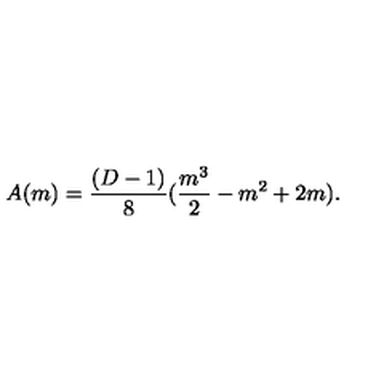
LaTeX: A ( m ) = \frac { ( D - 1 ) } { 8 } ( \frac { m ^ { 3 } } { 2 } - m ^ { 2 } + 2 m ) .